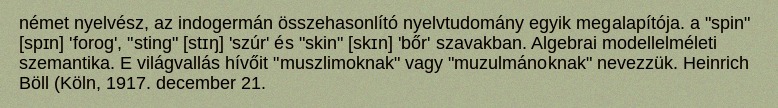
német nyelvész, az indogermán összehasonlító nyelvtudomány egyik megalapítója. a "spin" [spɪn] 'forog', "sting" [stɪŋ] 'szúr' és "skin" [skɪn] 'bőr' szavakban. Algebrai modellelméleti szemantika. E világvallás hívőit "muszlimoknak" vagy "muzulmánoknak" nevezzük. Heinrich Böll (Köln, 1917. december 21.